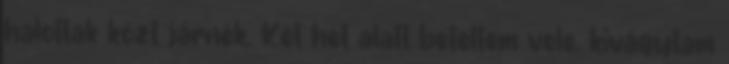
halottak közt járnék. Két hét alatt beteltem vele, kivágytam